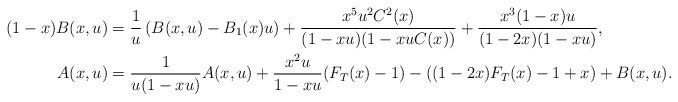
LaTeX: \begin{align*}(1-x)B(x,u)&=\frac{1}{u}\left(B(x,u)-B_1(x)u\right)+\frac{x^5u^2C^2(x)}{(1-xu)(1-xuC(x))}+\frac{x^3(1-x)u}{(1-2x)(1-xu)},\\A(x,u)&=\frac{1}{u(1-xu)}A(x,u)+\frac{x^2u}{1-xu}(F_T(x)-1)-((1-2x)F_T(x)-1+x)+B(x,u).\end{align*}